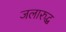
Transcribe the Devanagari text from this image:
जलारुद्ध